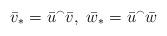
LaTeX: \begin{align*} \bar{v}_* = \bar{u} ^\smallfrown \bar{v}, ~ \bar{w}_* = \bar{u} ^\smallfrown \bar{w} \end{align*}